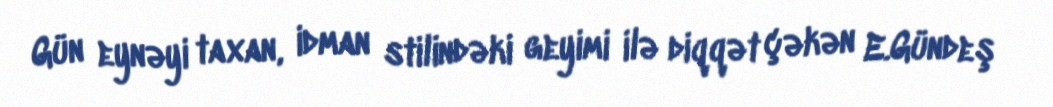
Gün eynəyi taxan, idman stilindəki geyimi ilə diqqət çəkən E.Gündeş